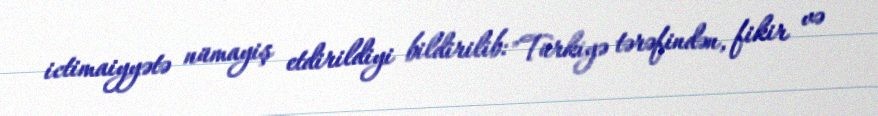
ictimaiyyətə nümayiş etdirildiyi bildirilib: "Türkiyə tərəfindən, fikir və